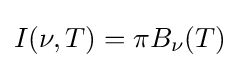
I(\nu ,T)=\pi B_{\nu }(T)